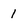
Character: 1